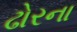
ઢોરના